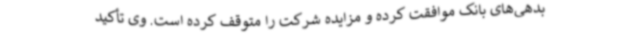
بدهی‌های بانک موافقت کرده و مزایده شرکت را متوقف کرده است. وی تأکید